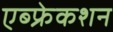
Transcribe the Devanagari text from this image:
एब्फ्रेकशन